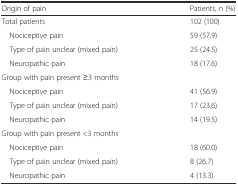
<table><thead><tr><td><b>Origin of pain</b></td><td><b>Patients, n (%)</b></td></tr></thead><tbody><tr><td>Total patients</td><td>102 (100)</td></tr><tr><td> Nociceptive pain</td><td>59 (57.9)</td></tr><tr><td> Type of pain unclear (mixed pain)</td><td>25 (24.5)</td></tr><tr><td> Neuropathic pain</td><td>18 (17.6)</td></tr><tr><td>Group with pain present ≥3 months</td><td></td></tr><tr><td> Nociceptive pain</td><td>41 (56.9)</td></tr><tr><td> Type of pain unclear (mixed pain)</td><td>17 (23.6)</td></tr><tr><td> Neuropathic pain</td><td>14 (19.5)</td></tr><tr><td>Group with pain present &lt;3 months</td><td></td></tr><tr><td> Nociceptive pain</td><td>18 (60.0)</td></tr><tr><td> Type of pain unclear (mixed pain)</td><td>8 (26.7)</td></tr><tr><td> Neuropathic pain</td><td>4 (13.3)</td></tr></tbody></table>